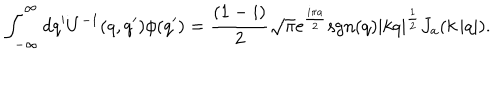
LaTeX: \int _ { - \infty } ^ { \infty } d q ^ { \prime } U ^ { - 1 } ( q , q ^ { \prime } ) \phi ( q ^ { \prime } ) = \frac { ( 1 - i ) } { 2 } \sqrt { \pi } \mathrm { e } ^ { \frac { i \pi a } { 2 } } \mathrm { s g n } ( q ) \left| k q \right| ^ { \frac { 1 } { 2 } } J _ { a } ( k \left| q \right| ) .